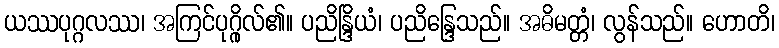
ယဿပုဂ္ဂလဿ၊ အကြင်ပုဂ္ဂိုလ်၏။ ပညိန္ဒြိယံ၊ ပညိန္ဒြေသည်။ အဓိမတ္တံ၊ လွန်သည်။ ဟောတိ၊